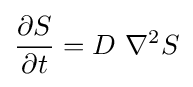
{\frac {\partial S}{\partial t}}=D\ \nabla ^{2}S